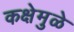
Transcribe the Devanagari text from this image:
कक्षेमुळे